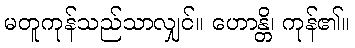
မတူကုန်သည်သာလျှင်။ ဟောန္တိ၊ ကုန်၏။